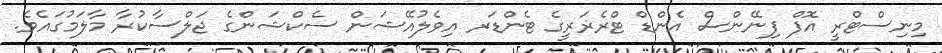
މިނިސްޓްރީ އޮފް ފިނޭންސް އެންޑް ޓްރެޜަރީގެ ޓެންޑަރ އިވެލުއޭޝަން ސެކްޝަންގެ ޖަލްސާކުރާ މާލަމުގައެވެ.